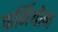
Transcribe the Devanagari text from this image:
फर्मियोन